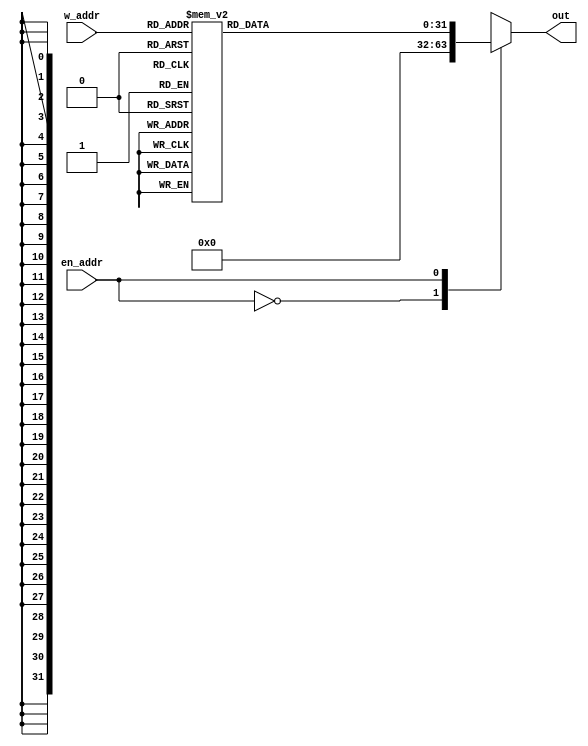
`timescale 1ns / 1ps
//////////////////////////////////////////////////////////////////////////////////
// Company: Universidad de Gualadajara
// 
// Design Name: Decode
// Module Name: Decode
// Project Name: Processor
// Target Devices: 
// Tool Versions: 
// Description: 
// 
// Dependencies: 
// 
// Revision:
// Revision 0.01 - File Created
// Additional Comments:
// 
//////////////////////////////////////////////////////////////////////////////////


module Decoder(
        input [4:0] w_addr,
        input en_addr,
        output reg [31:0] out
    );
    
    always@*
    begin
        case(en_addr)
            1'b0: out = 32'b00000000000000000000000000000000;
            1'b1:
            begin
                case(w_addr)
                    5'b 00000: out = 32'b00000000000000000000000000000001;
                    5'b 00001: out = 32'b00000000000000000000000000000010;
                    5'b 00010: out = 32'b00000000000000000000000000000100;
                    5'b 00011: out = 32'b00000000000000000000000000001000;
                    5'b 00100: out = 32'b00000000000000000000000000010000;
                    5'b 00101: out = 32'b00000000000000000000000000100000;
                    5'b 00110: out = 32'b00000000000000000000000001000000;
                    5'b 00111: out = 32'b00000000000000000000000010000000;
                    5'b 01000: out = 32'b00000000000000000000000100000000;
                    5'b 01001: out = 32'b00000000000000000000001000000000;
                    5'b 01010: out = 32'b00000000000000000000010000000000;
                    5'b 01011: out = 32'b00000000000000000000100000000000;
                    5'b 01100: out = 32'b00000000000000000001000000000000;
                    5'b 01101: out = 32'b00000000000000000010000000000000;
                    5'b 01110: out = 32'b00000000000000000100000000000000;
                    5'b 01111: out = 32'b00000000000000001000000000000000;
                    5'b 10000: out = 32'b00000000000000010000000000000000;
                    5'b 10001: out = 32'b00000000000000100000000000000000;
                    5'b 10010: out = 32'b00000000000001000000000000000000;
                    5'b 10011: out = 32'b00000000000010000000000000000000;
                    5'b 10100: out = 32'b00000000000100000000000000000000;
                    5'b 10101: out = 32'b00000000001000000000000000000000;
                    5'b 10110: out = 32'b00000000010000000000000000000000;
                    5'b 10111: out = 32'b00000000100000000000000000000000;
                    5'b 11000: out = 32'b00000001000000000000000000000000;
                    5'b 11001: out = 32'b00000010000000000000000000000000;
                    5'b 11010: out = 32'b00000100000000000000000000000000;
                    5'b 11011: out = 32'b00001000000000000000000000000000;
                    5'b 11100: out = 32'b00010000000000000000000000000000;
                    5'b 11101: out = 32'b00100000000000000000000000000000;
                    5'b 11110: out = 32'b01000000000000000000000000000000;
                    5'b 11111: out = 32'b10000000000000000000000000000000;
                    
                    default: out = 32'b00000000000000000000000000000000;
                endcase
            end
            default: out = 32'b00000000000000000000000000000000;
        endcase
    end
endmodule